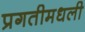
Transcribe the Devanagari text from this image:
प्रगतीमधली